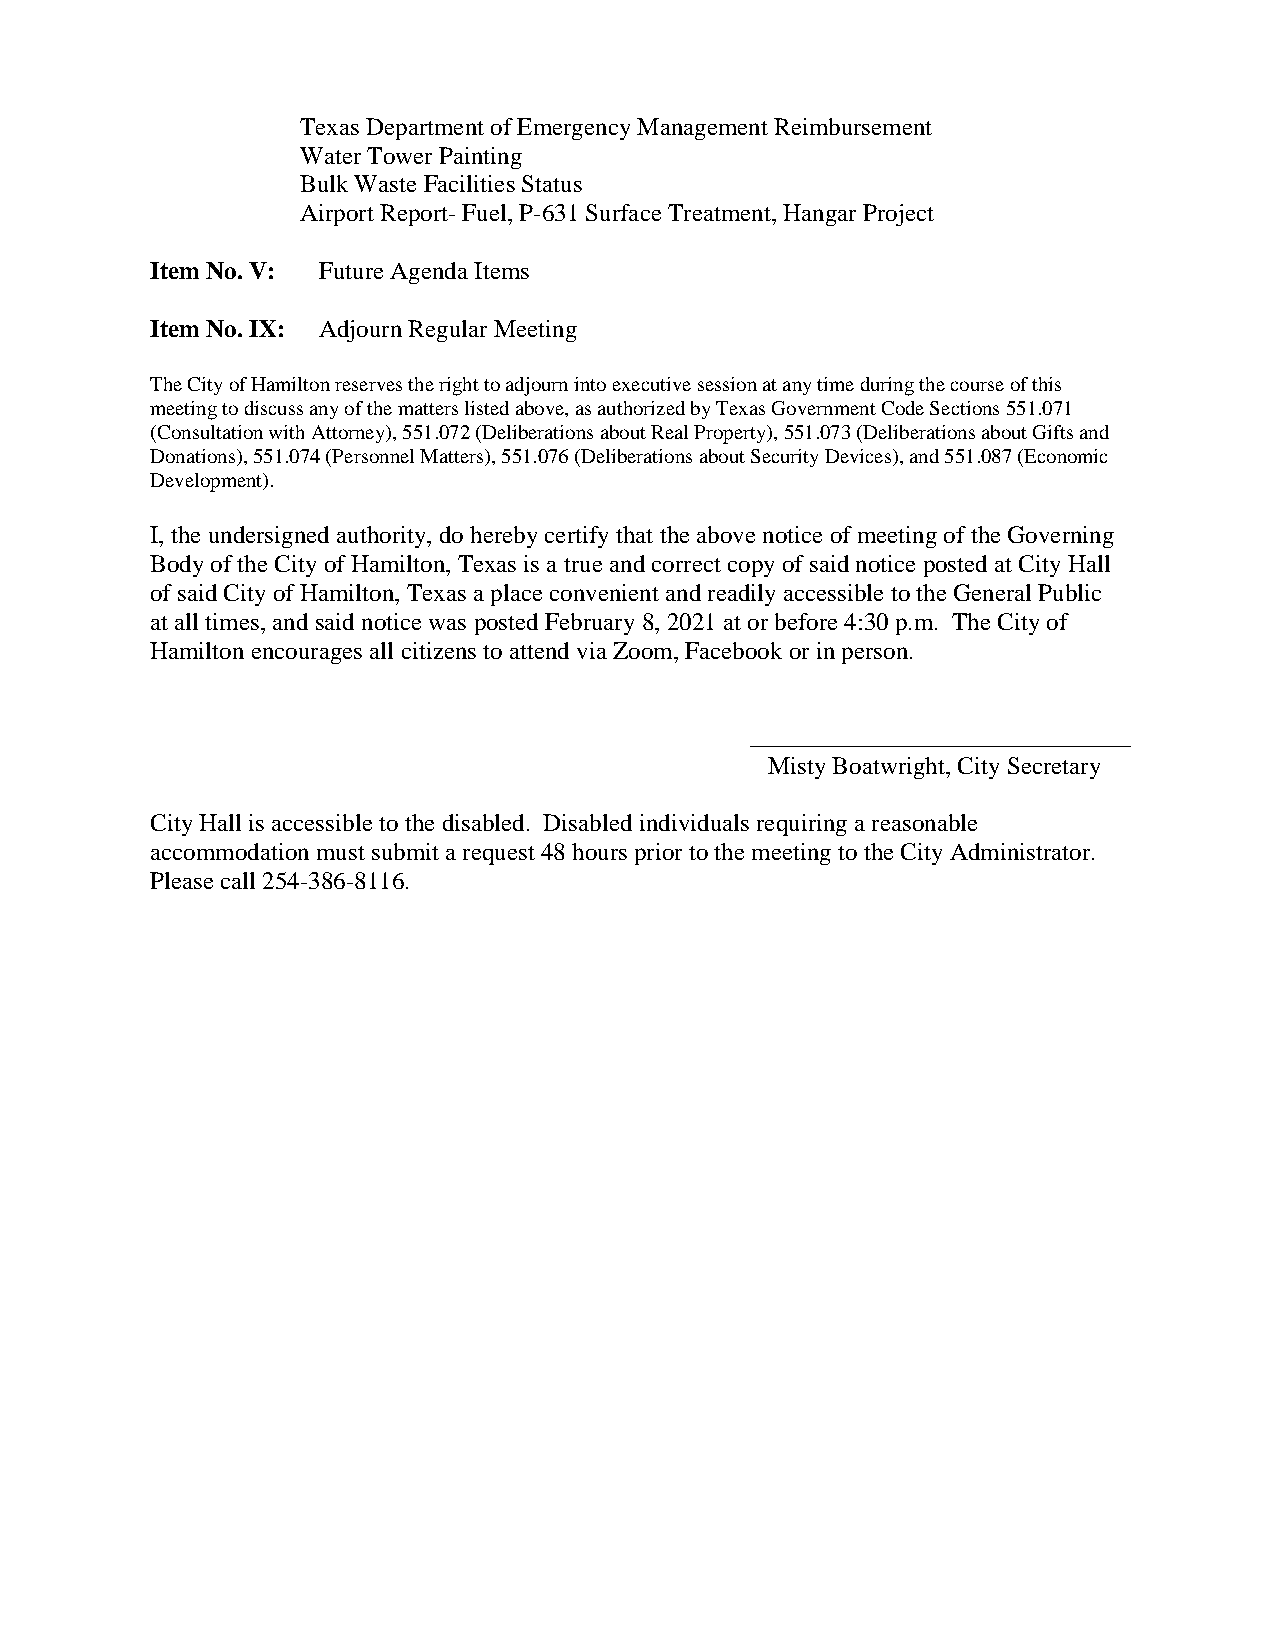
Texas Department of Emergency Management Reimbursement
 Water Tower Painting
 Bulk Waste Facilities Status
 Airport Report- Fuel, P-631 Surface Treatment, Hangar Project
 Item No. V: Future Agenda Items
 Item No. IX: Adjourn Regular Meeting
 The City of Hamilton reserves the right to adjourn into executive session at any time during the course of this
 meeting to discuss any of the matters listed above, as authorized by Texas Government Code Sections 551.071
 (Consultation with Attorney), 551.072 (Deliberations about Real Property), 551.073 (Deliberations about Gifts and
 Donations), 551.074 (Personnel Matters), 551.076 (Deliberations about Security Devices), and 551.087 (Economic
 Development).
 I, the undersigned authority, do hereby certify that the above notice of meeting of the Governing
 Body of the City of Hamilton, Texas is a true and correct copy of said notice posted at City Hall
 of said City of Hamilton, Texas a place convenient and readily accessible to the General Public
 at all times, and said notice was posted February 8, 2021 at or before 4:30 p.m. The City of
 Hamilton encourages all citizens to attend via Zoom, Facebook or in person.
 Misty Boatwright, City Secretary
 City Hall is accessible to the disabled. Disabled individuals requiring a reasonable
 accommodation must submit a request 48 hours prior to the meeting to the City Administrator.
 Please call 254-386-8116.